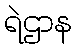
ရဲဌာန